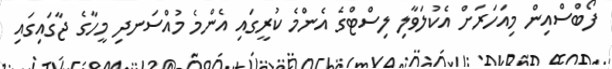
ފޯބްސްއިން މިއަހަރަށް އެކުލަވާލި ލިސްޓްގެ އެންމެ ކުރީގައި އެންމެ މުއްސަނދި މީހާގެ ޖާގައިގައި